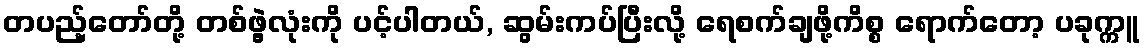
တပည့်တော်တို့ တစ်ဖွဲ့လုံးကို ပင့်ပါတယ်, ဆွမ်းကပ်ပြီးလို့ ရေစက်ချဖို့ကိစ္စ ရောက်တော့ ပခုက္ကူ